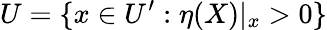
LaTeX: U=\{ x\in U^{\prime}:\eta(X)|_{x}>0\}